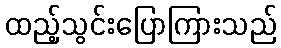
ထည့်သွင်းပြောကြားသည်